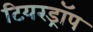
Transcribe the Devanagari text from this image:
टियरड्रॉप